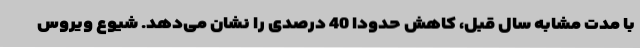
با مدت مشابه سال قبل، کاهش حدودا 40 درصدی را نشان می‌دهد. شیوع ویروس